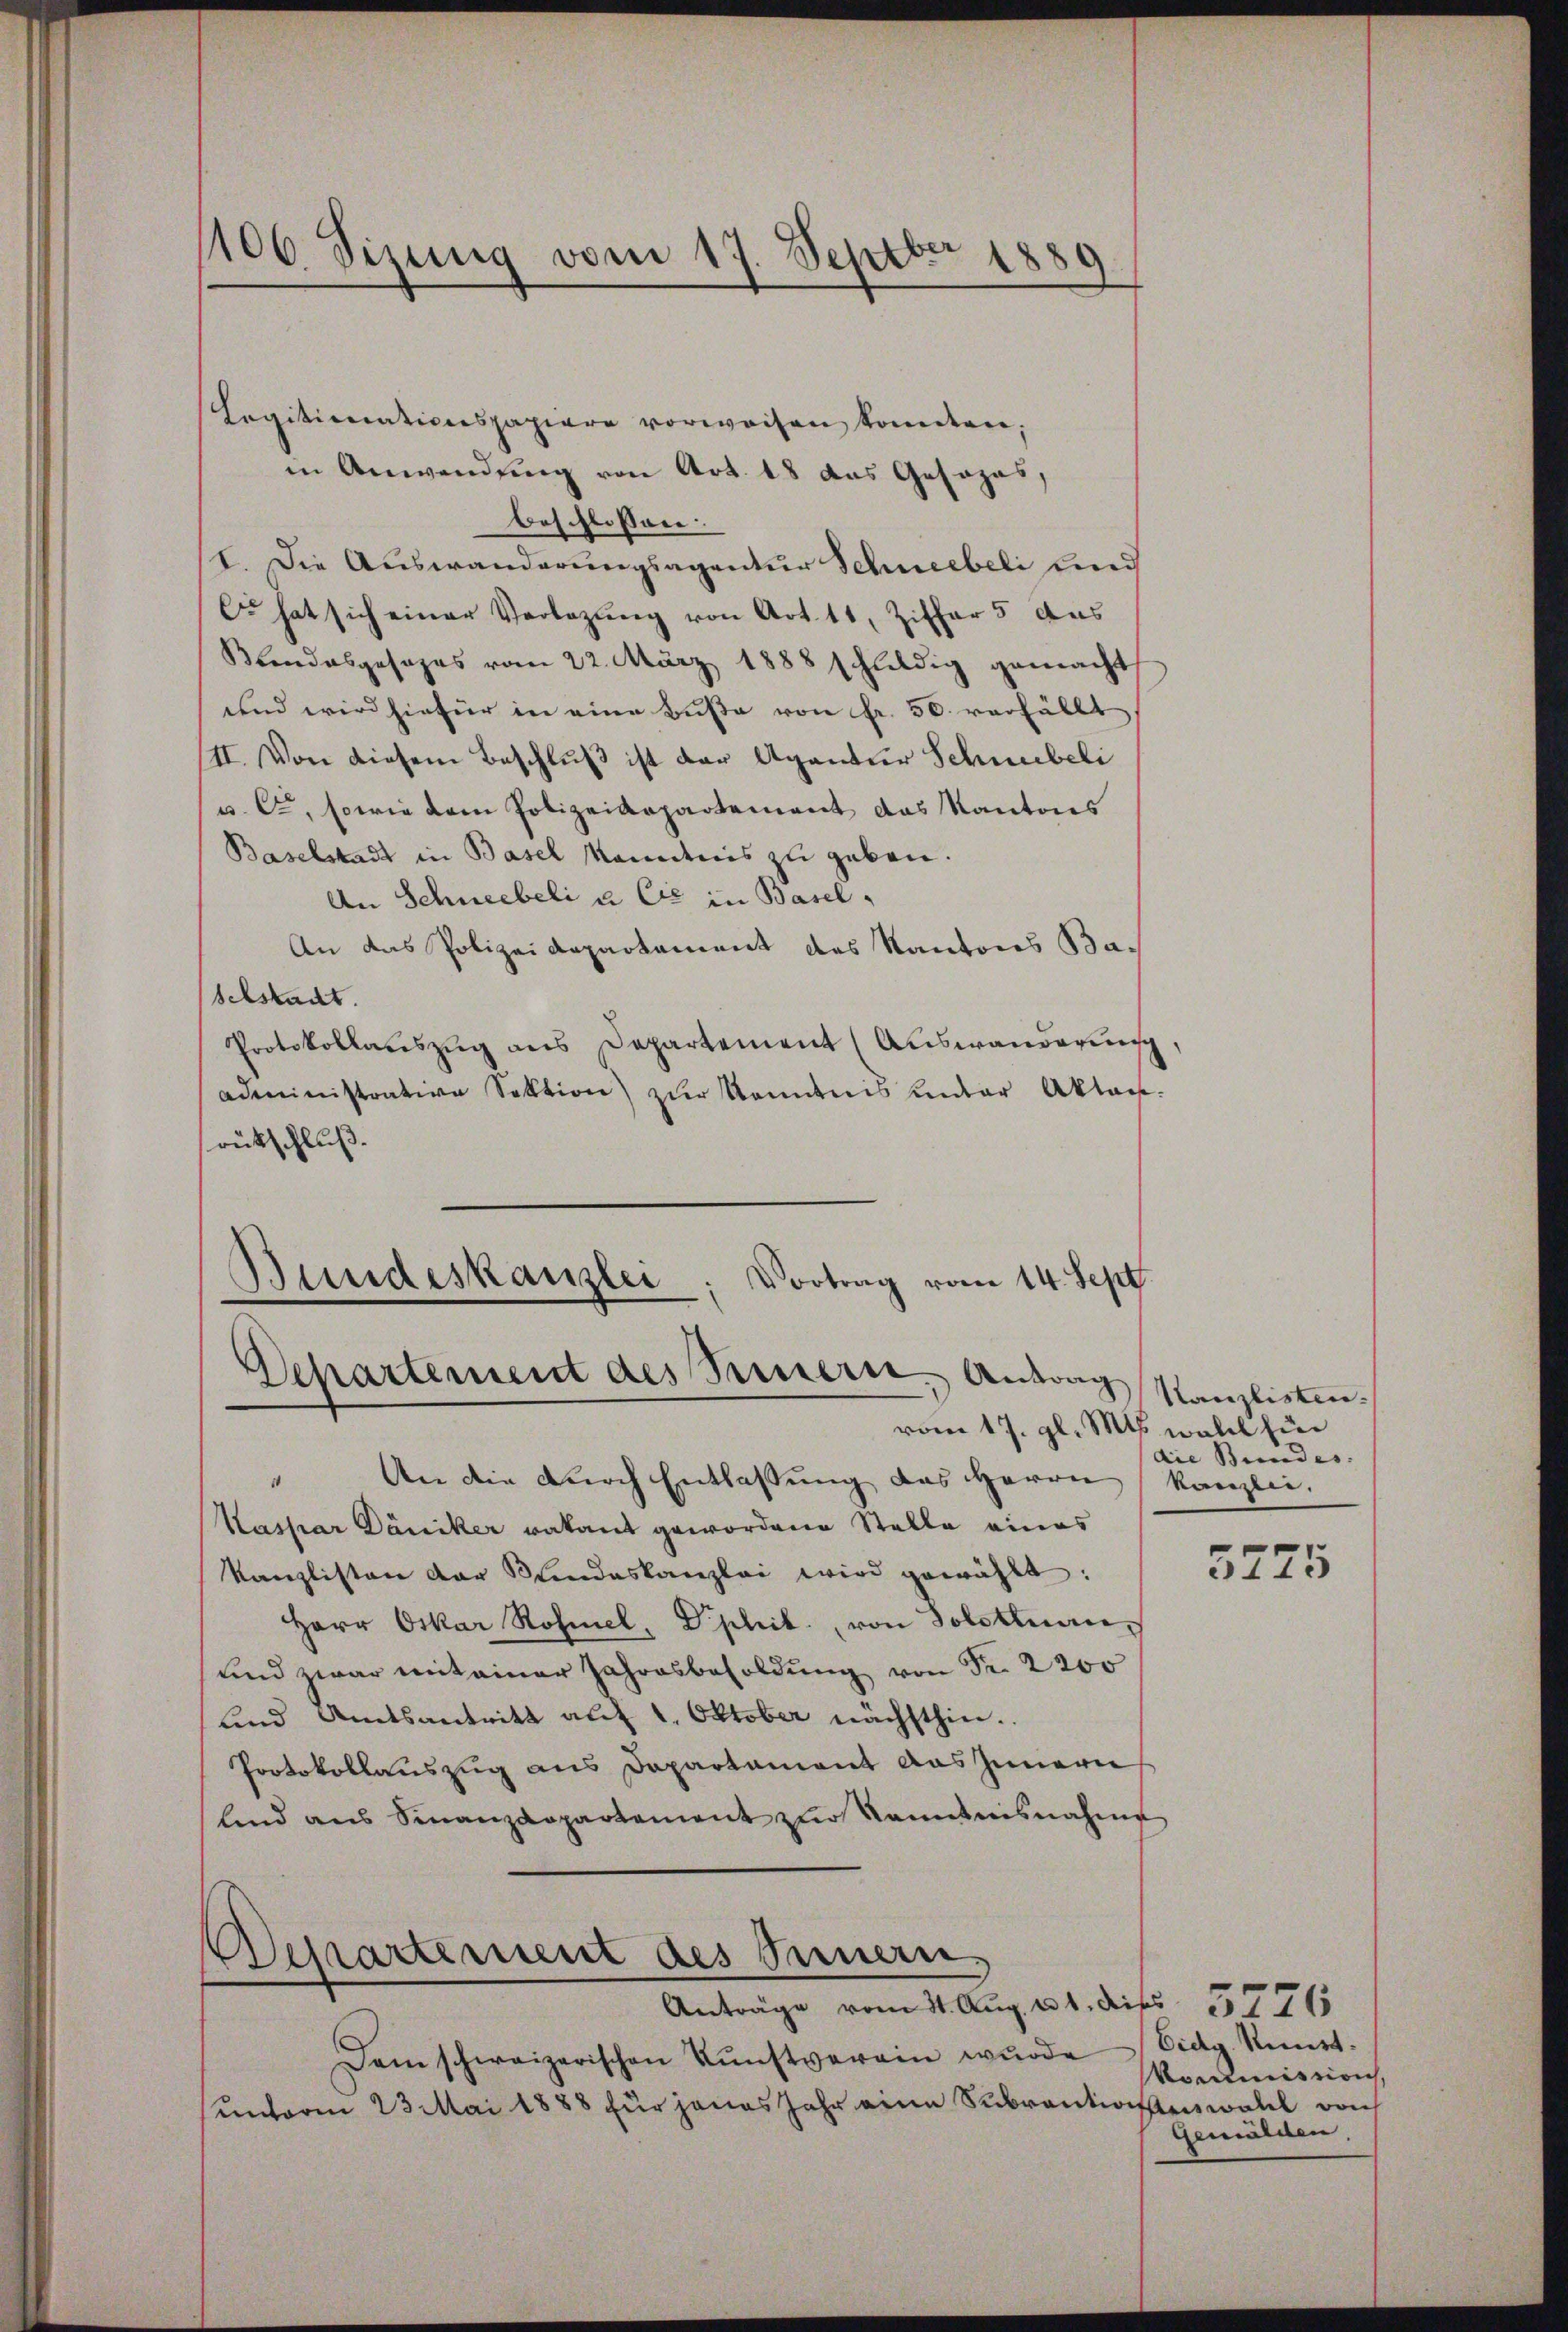
106 Sizung vom 17. Septbr 1889
.

Legitimnationspapiere vorweisen konnten,
in Anwendung von Art. 18 das Gesozas,
beschlossen:
I. Die Auswanderungsagentur Schneebeli und
C hat sich einer Verlegŭng von Art. 11, Ziffer 5 aus
Blendesgesezes vom 22. März 1888 schuldig gemacht
und wird hiefür in eine Buße von Fr. 50. verfällt
III. Von diesem Beschluß ist der Agantur Schneebeli
u. C, sowie dem Polizeidepartement das Kantons
Baselstadt in Basel Manntnis zu geben.
An Schneebeli u. Cie in Basel,
An das Polizeidepartement des Kantons Basclstadt.
Protokollaŭszŭg ans Departement (Auswanderung,
administrative Sektion) zur Kenntnis unter Akten.
rütschluß.
Bundeskanzlei, Vortrag vom 14. Sept.

Departement des Sinnern, Antrag
vom 17. gl. Mts. wohl hin

Departement des Seinern
Anträge vom 31. Aug. 11. dies 57765

Dem schweizerischen Kunstverein wurde
unterm 23 Mai 1888 für jenes Jahr eine Subventionstenwall von

An die durch Entlassung des Herrn Kanzlei.
Kaspar Däniker vakant gewordene Stelle eines
Kanzlisten der Kindeskanzlei wird gewählt:
Herr Oskar Rohmel, Diphil. von Solothurn,
und zwar mit einer Jahresbesoldung von Fr. 2200
und Amtsantritt auf 1. Oktober nächsthin.
Protokollauszug aus Dapartament das Innern
lind ans Finanzdepartement zŭr Kenntnisnahme

Kanzlisten.
die Bundes:

5775

Eidg. Kunst.
Kommission,
Gemälden,